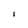
Character: I